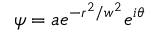
\psi = a e ^ { - r ^ { 2 } / w ^ { 2 } } e ^ { i \theta }